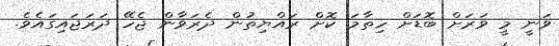
ވަނީ މީ ވަރަށް ބޮޑަށް ހިތާމަ ކޮށް ރައްޔިތުން ދެރަވާން ޖެހޭ ދަރަޖައިގައެވެ.